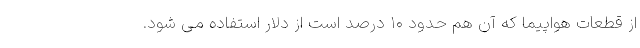
از قطعات هواپیما که آن هم حدود ۱۰ درصد است از دلار استفاده می شود.